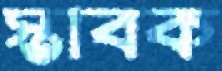
স্তাবক